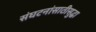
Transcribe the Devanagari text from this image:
संघटनांसाठीसुद्धा